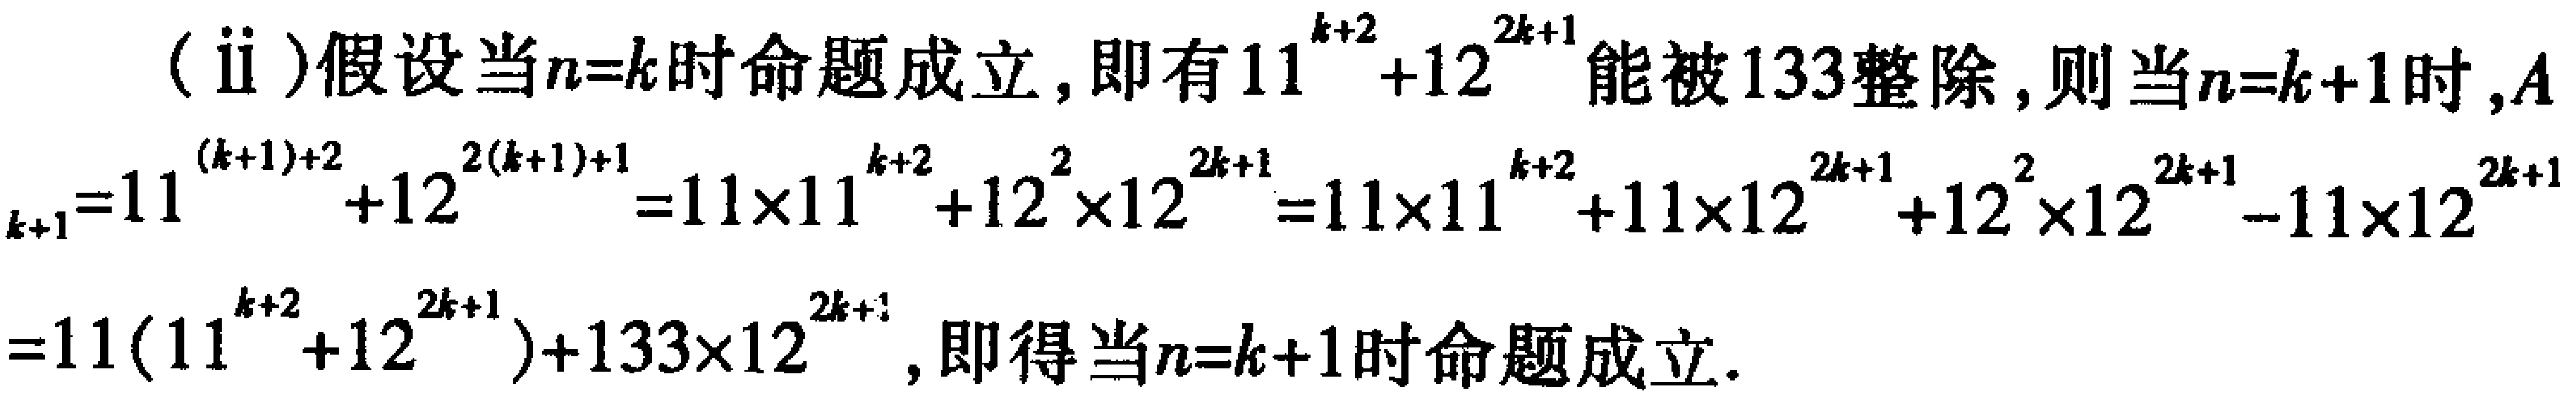
(ii)假设当\(n = k\)时命题成立，即有\(11^{k + 2}+12^{2k + 1}\)能被\(133\)整除，则当\(n = k + 1\)时，\(A_{k + 1}=11^{(k + 1)+2}+12^{2(k + 1)+1}=11\times11^{k + 2}+12^{2}\times12^{2k + 1}=11\times11^{k + 2}+11\times12^{2k + 1}+12^{2}\times12^{2k + 1}-11\times12^{2k + 1}=11(11^{k + 2}+12^{2k + 1})+133\times12^{2k + 1}\)，即得当\(n = k + 1\)时命题成立。